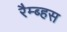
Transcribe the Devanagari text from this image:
रैम्ब्हस